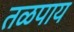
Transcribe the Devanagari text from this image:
तळपाय